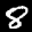
Label: 8